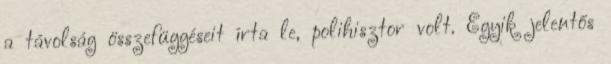
a távolság összefüggéseit írta le, polihisztor volt. Egyik jelentős